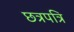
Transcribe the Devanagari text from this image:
छत्रपत्रि